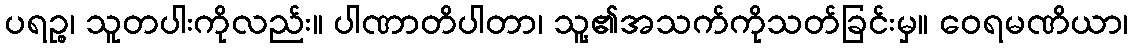
ပရဉ္စ၊ သူတပါးကိုလည်း။ ပါဏာတိပါတာ၊ သူ့၏အသက်ကိုသတ်ခြင်းမှ။ ဝေရမဏိယာ၊